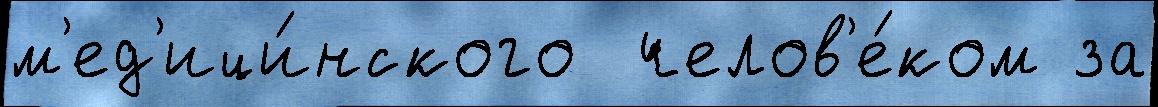
м'ед'ици́нского  челов'е́ком за